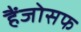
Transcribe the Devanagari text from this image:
हैंजोसफ